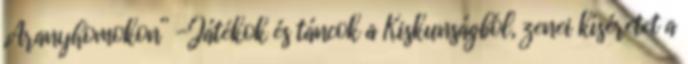
„Aranyhomokon” -Játékok és táncok a Kiskunságból, zenei kíséretet a